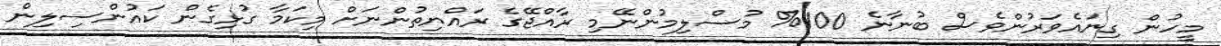
މީހުން ގިނައެވަރުންވެސް ބުނާނެ 100% މުސްލިމުންނޭމި ރާއްޖޭގެ ރައްޔިތުންނަށް މިކަމާ ގުޅިގެން ކައުންސިލިން